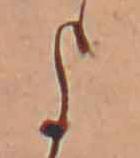
よ